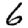
Digit: 6